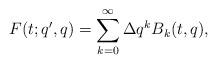
LaTeX: \begin{align*} F(t;q',q)= \sum_{k=0}^{\infty} \Delta q^k B_k(t,q),\end{align*}